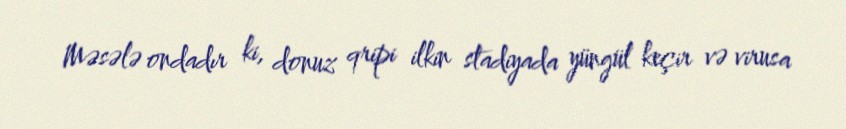
Məsələ ondadır ki, donuz qripi ilkin stadiyada yüngül keçir və virusa